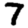
Digit: 7